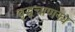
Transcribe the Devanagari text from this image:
वृद्धचाणक्य